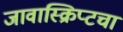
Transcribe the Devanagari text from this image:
जावास्क्रिप्टचा